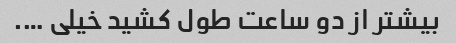
بیشتر از دو ساعت طول کشید خیلی ….